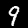
Digit: 9